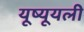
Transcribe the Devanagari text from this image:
यूष्यूयली